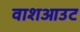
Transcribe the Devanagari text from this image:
वाशआउट